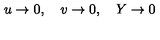
u \rightarrow 0 , \quad v \rightarrow 0 , \quad Y \rightarrow 0